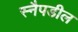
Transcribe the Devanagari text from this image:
स्नैपडील